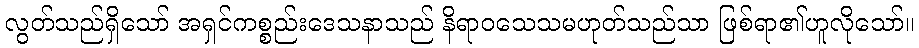
လွတ်သည်ရှိသော် အရှင်ကစ္စည်းဒေသနာသည် နိရာဝသေသမဟုတ်သည်သာ ဖြစ်ရာ၏ဟူလိုသော်။